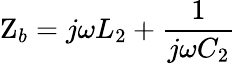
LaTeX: \mathrm{Z}_{b}=j\omega L_{2}+\frac{1}{j\omega C_{2}}